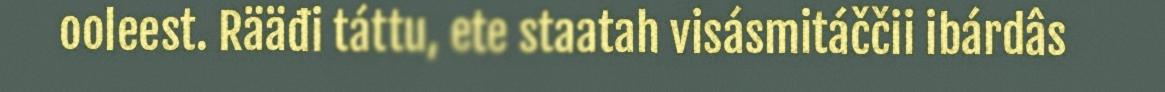
ooleest. Rääđi táttu, ete staatah visásmitáččii ibárdâs